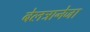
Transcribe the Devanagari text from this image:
बेलत्रानेजा